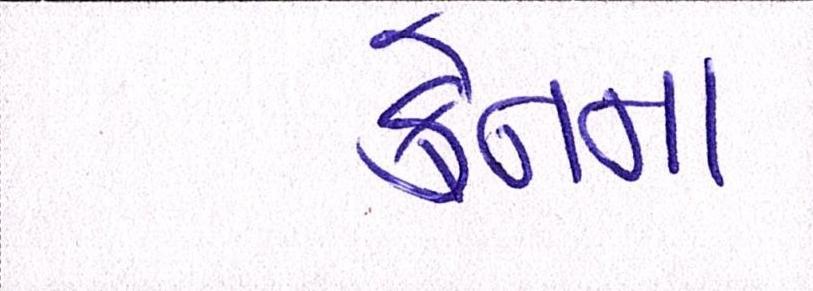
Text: ક્રેનના